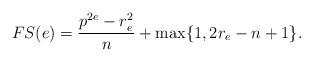
LaTeX: \begin{align*}FS(e)=\frac{p^{2e}-r_e^2}{n}+\max\{1,2r_e-n+1\}.\end{align*}